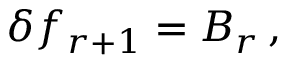
\delta f _ { r + 1 } = B _ { r } \, ,